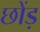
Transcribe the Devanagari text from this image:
छोंड़